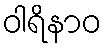
ဝါရိနာဝ